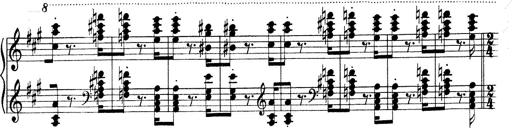
Title: Mephisto Waltz No.1
Composer: Franz Liszt